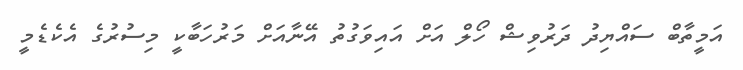
އަމީތާބް ސައްޔިދު ދަރުވިޝް ހޯލް އަށް އައިވަގުތު އޭނާއަށް މަރުހަބާކީ މިސުރުގެ އެކެޑެމީ